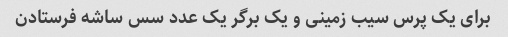
برای یک پرس سیب زمینی و یک برگر یک عدد سس ساشه فرستادن